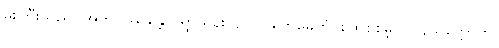
မိုးကြီးသည်။ အဘိဝဿန္တော၊ ရွာသွန်းလျက်။ တေမေတုံ၊ စွတ်စိုစိမ့်ငှာ။ နသက္ကောတိ၊